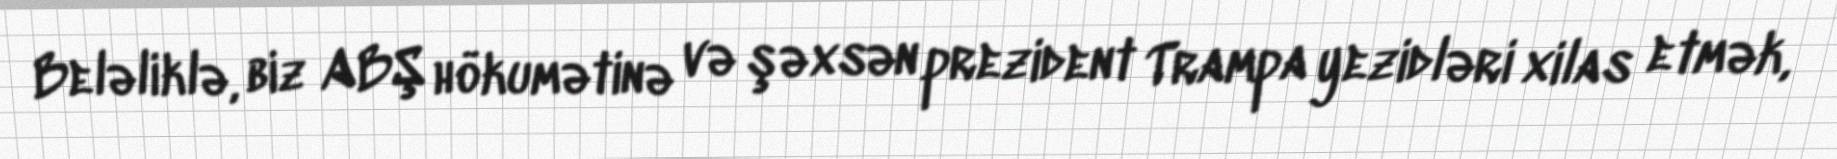
Beləliklə, biz ABŞ hökumətinə və şəxsən prezident Trampa yezidləri xilas etmək,